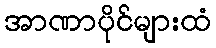
အာဏာပိုင်များထံ